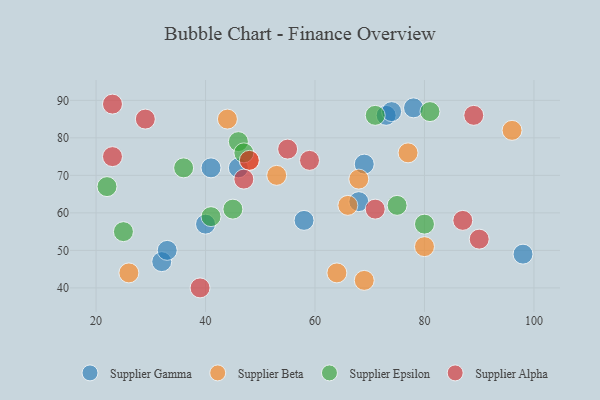
{"axis": {"x": "GDP", "y": "Life Expectancy"}, "legend": ["Supplier Alpha", "Supplier Beta", "Supplier Epsilon", "Supplier Gamma"], "data": [{"x": "32", "y": 47, "type": "Supplier Gamma"}, {"x": "68", "y": 63, "type": "Supplier Gamma"}, {"x": "46", "y": 72, "type": "Supplier Gamma"}, {"x": "41", "y": 72, "type": "Supplier Gamma"}, {"x": "33", "y": 50, "type": "Supplier Gamma"}, {"x": "40", "y": 57, "type": "Supplier Gamma"}, {"x": "98", "y": 49, "type": "Supplier Gamma"}, {"x": "69", "y": 73, "type": "Supplier Gamma"}, {"x": "78", "y": 88, "type": "Supplier Gamma"}, {"x": "73", "y": 86, "type": "Supplier Gamma"}, {"x": "74", "y": 87, "type": "Supplier Gamma"}, {"x": "58", "y": 58, "type": "Supplier Gamma"}, {"x": "48", "y": 74, "type": "Supplier Beta"}, {"x": "96", "y": 82, "type": "Supplier Beta"}, {"x": "26", "y": 44, "type": "Supplier Beta"}, {"x": "66", "y": 62, "type": "Supplier Beta"}, {"x": "53", "y": 70, "type": "Supplier Beta"}, {"x": "80", "y": 51, "type": "Supplier Beta"}, {"x": "64", "y": 44, "type": "Supplier Beta"}, {"x": "44", "y": 85, "type": "Supplier Beta"}, {"x": "77", "y": 76, "type": "Supplier Beta"}, {"x": "69", "y": 42, "type": "Supplier Beta"}, {"x": "68", "y": 69, "type": "Supplier Beta"}, {"x": "81", "y": 87, "type": "Supplier Epsilon"}, {"x": "41", "y": 59, "type": "Supplier Epsilon"}, {"x": "46", "y": 79, "type": "Supplier Epsilon"}, {"x": "22", "y": 67, "type": "Supplier Epsilon"}, {"x": "75", "y": 62, "type": "Supplier Epsilon"}, {"x": "36", "y": 72, "type": "Supplier Epsilon"}, {"x": "47", "y": 76, "type": "Supplier Epsilon"}, {"x": "71", "y": 86, "type": "Supplier Epsilon"}, {"x": "45", "y": 61, "type": "Supplier Epsilon"}, {"x": "80", "y": 57, "type": "Supplier Epsilon"}, {"x": "25", "y": 55, "type": "Supplier Epsilon"}, {"x": "87", "y": 58, "type": "Supplier Alpha"}, {"x": "89", "y": 86, "type": "Supplier Alpha"}, {"x": "55", "y": 77, "type": "Supplier Alpha"}, {"x": "90", "y": 53, "type": "Supplier Alpha"}, {"x": "29", "y": 85, "type": "Supplier Alpha"}, {"x": "71", "y": 61, "type": "Supplier Alpha"}, {"x": "23", "y": 75, "type": "Supplier Alpha"}, {"x": "39", "y": 40, "type": "Supplier Alpha"}, {"x": "48", "y": 74, "type": "Supplier Alpha"}, {"x": "23", "y": 89, "type": "Supplier Alpha"}, {"x": "47", "y": 69, "type": "Supplier Alpha"}, {"x": "59", "y": 74, "type": "Supplier Alpha"}]}